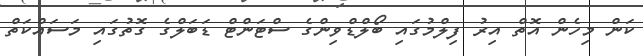
ކަން މިހެން އޮތް އިރު ފިލްމުގައި ބޯލްޑްވިންގެ ސްޓަންޓް ޑަބަލްގެ ގޮތުގައި މަސައްކަތް